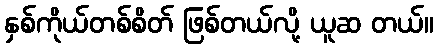
နှစ်ကိုယ်တစ်စိတ် ဖြစ်တယ်လို့ ယူဆ တယ်။